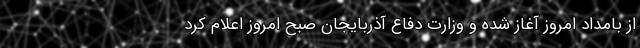
از بامداد امروز آغاز شده و وزارت دفاع آذربایجان صبح امروز اعلام کرد